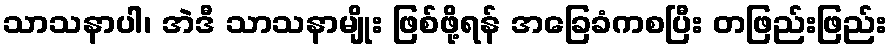
သာသနာပါ၊ အဲဒီ သာသနာမျိုး ဖြစ်ဖို့ရန် အခြေခံကစပြီး တဖြည်းဖြည်း